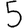
Digit: 5